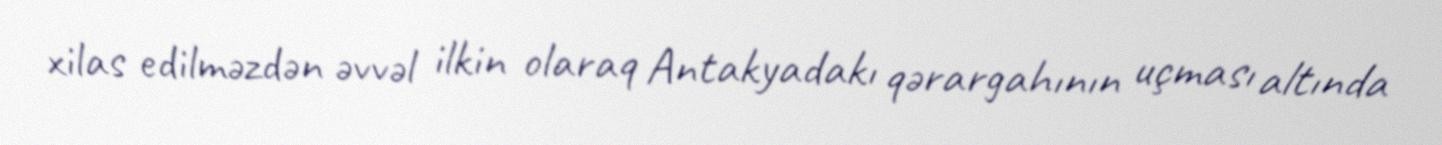
xilas edilməzdən əvvəl ilkin olaraq Antakyadakı qərargahının uçması altında